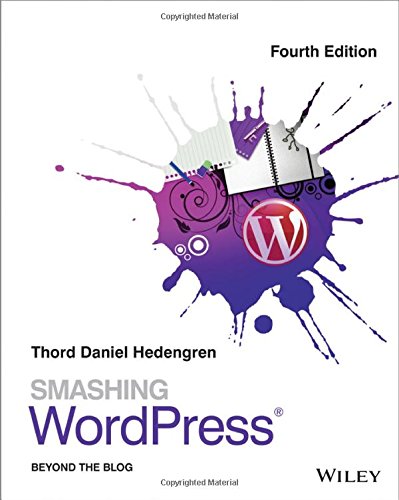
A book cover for Smashing WordPress: Beyond the Blog; Thord Daniel Hedengren; Computers & Technology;